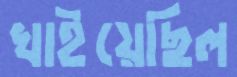
খাইয়েছিল